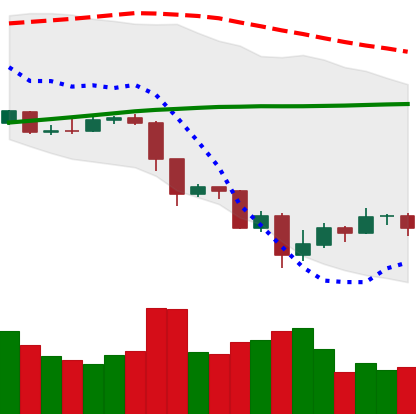
Ticker: EOS-USD
Chart end date: 2019-07-22
Forward return: 3.469%
Label: up_3_5